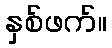
နှစ်ဖက်။